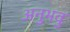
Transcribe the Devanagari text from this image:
अनुभवु